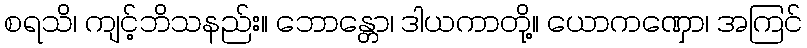
စရသိ၊ ကျင့်ဘိသနည်း။ ဘောန္တော၊ ဒါယကာတို့။ ယောကဏှော၊ အကြင်